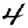
Digit: 4